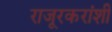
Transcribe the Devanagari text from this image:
राजूरकरांशी